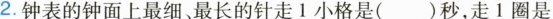
2.钟表的钟面上最细最长的针走1小格是()秒，走1圈是